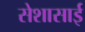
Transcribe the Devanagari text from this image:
सेशासाई